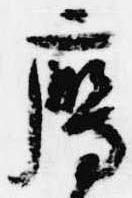
鷹